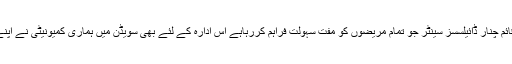
بھمبر آزادکشمیر میں قائم چنار ڈائیلسسز سینٹر جو تمام مریضوں کو مفت سہولت فراہم کررہاہے اس ادارہ کے لئے بھی سویڈن میں ہماری کمیونیٹی نے اپنے عطیات جمع کرائے۔